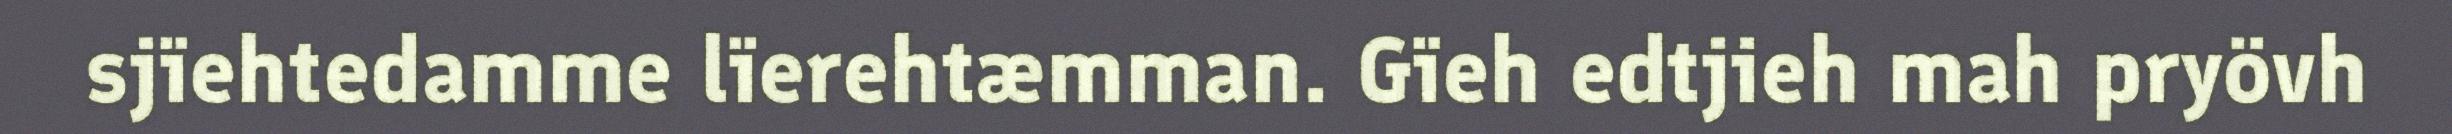
sjïehtedamme lïerehtæmman. Gïeh edtjieh mah pryövh